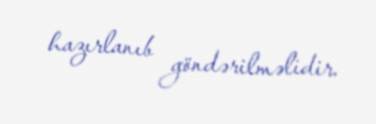
hazırlanıb göndərilməlidir.